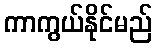
ကာကွယ်နိုင်မည်